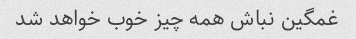
غمگین نباش همه چیز خوب خواهد شد